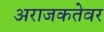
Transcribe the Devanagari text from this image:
अराजकतेवर